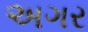
અગર